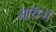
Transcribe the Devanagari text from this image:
आरंम्भ